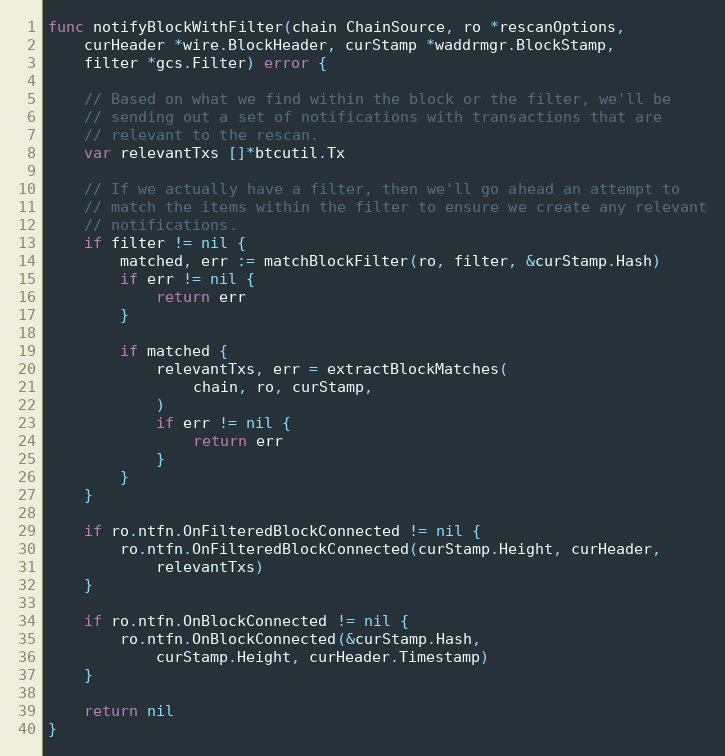
Language: Go
func notifyBlockWithFilter(chain ChainSource, ro *rescanOptions,
	curHeader *wire.BlockHeader, curStamp *waddrmgr.BlockStamp,
	filter *gcs.Filter) error {

	// Based on what we find within the block or the filter, we'll be
	// sending out a set of notifications with transactions that are
	// relevant to the rescan.
	var relevantTxs []*btcutil.Tx

	// If we actually have a filter, then we'll go ahead an attempt to
	// match the items within the filter to ensure we create any relevant
	// notifications.
	if filter != nil {
		matched, err := matchBlockFilter(ro, filter, &curStamp.Hash)
		if err != nil {
			return err
		}

		if matched {
			relevantTxs, err = extractBlockMatches(
				chain, ro, curStamp,
			)
			if err != nil {
				return err
			}
		}
	}

	if ro.ntfn.OnFilteredBlockConnected != nil {
		ro.ntfn.OnFilteredBlockConnected(curStamp.Height, curHeader,
			relevantTxs)
	}

	if ro.ntfn.OnBlockConnected != nil {
		ro.ntfn.OnBlockConnected(&curStamp.Hash,
			curStamp.Height, curHeader.Timestamp)
	}

	return nil
}